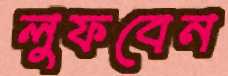
লুফবেন